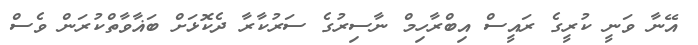
އޭނާ ވަނީ ކުރީގެ ރައީސް އިބްރާހިމް ނާސިރުގެ ސަރުކާރާ ދެކޮޅަށް ބަޣާވާތްކުރަން ވެސް